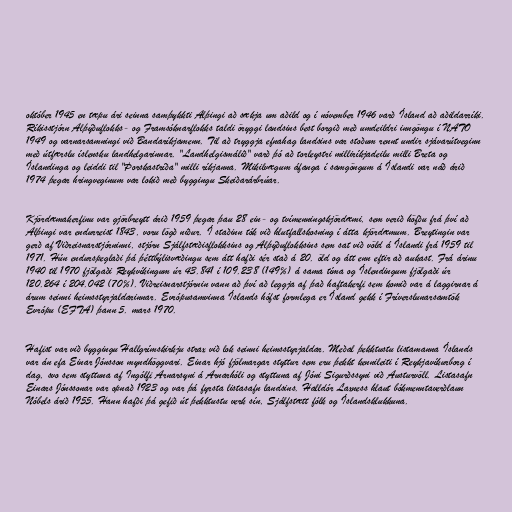
október 1945 en tæpu ári seinna samþykkti Alþingi að sækja um aðild og í nóvember 1946 varð Ísland að aðildarríki.
Ríkisstjórn Alþýðuflokks- og Framsóknarflokks taldi öryggi landsins best borgið með umdeildri inngöngu í NATO
1949 og varnarsamningi við Bandaríkjamenn. Til að tryggja efnahag landsins var stoðum rennt undir sjávarútveginn
með útfærslu íslensku landhelgarinnar. "Landhelgismálið" varð þó að torleystri milliríkjadeilu milli Breta og
Íslandinga og leiddi til "Þorskastríða" milli ríkjanna. Mikilvægum áfanga í samgöngum á Íslandi var náð árið
1974 þegar hringveginum var lokið með byggingu Skeiðarárbrúar.

Kjördæmakerfinu var gjörbreytt árið 1959 þegar þau 28 ein- og tvímenningskjördæmi, sem verið höfðu frá því að
Alþingi var endurreist 1843, voru lögð niður. Í staðinn tók við hlutfallskosning í átta kjördæmum. Breytingin var
gerð af Viðreisnarstjórninni, stjórn Sjálfstæðisflokksins og Alþýðuflokksins sem sat við völd á Íslandi frá 1959 til
1971. Hún endurspeglaði þá þéttbýlisvæðingu sem átt hafði sér stað á 20. öld og átt enn eftir að aukast. Frá árinu
1940 til 1970 fjölgaði Reykvíkingum úr 43.841 í 109.238 (149%) á sama tíma og Íslendingum fjölgaði úr
120.264 í 204.042 (70%). Viðreisnarstjórnin vann að því að leggja af það haftakerfi sem komið var á laggirnar á
árum seinni heimsstyrjaldarinnar. Evrópusamvinna Íslands hófst formlega er Ísland gekk í Fríverslunarsamtök
Evrópu (EFTA) þann 5. mars 1970.

Hafist var við byggingu Hallgrímskirkju strax við lok seinni heimsstyrjaldar. Meðal þekktustu listamanna Íslands
var án efa Einar Jónsson myndhöggvari. Einar hjó fjölmargar styttur sem eru þekkt kennileiti í Reykjavíkurborg í
dag, svo sem styttuna af Ingólfi Arnarsyni á Arnarhóli og styttuna af Jóni Sigurðssyni við Austurvöll. Listasafn
Einars Jónssonar var opnað 1923 og var þá fyrsta listasafn landsins. Halldór Laxness hlaut bókmenntaverðlaun
Nóbels árið 1955. Hann hafði þá gefið út þekktustu verk sín, Sjálfstætt fólk og Íslandsklukkuna.